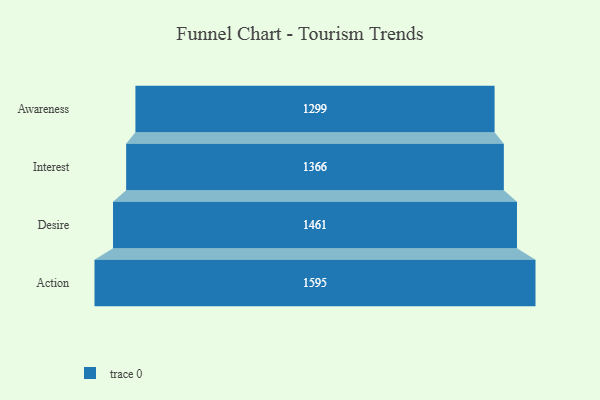
{"axis": {"x": "Stage", "y": "Value"}, "legend": [""], "data": [{"x": "Awareness", "y": 1299.0, "type": ""}, {"x": "Interest", "y": 1366.0, "type": ""}, {"x": "Desire", "y": 1461.0, "type": ""}, {"x": "Action", "y": 1595.0, "type": ""}]}